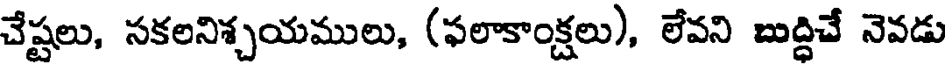
చేష్టలు, సకలనిశ్చయములు, (ఫలాకాంక్షలు), లేవని బుద్దిచే నెవడు